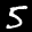
Label: 5